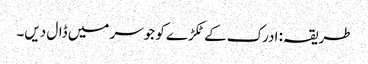
طریقہ: ادرک کے ٹکڑے کو جوسر میں ڈال دیں۔